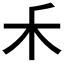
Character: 𥝌